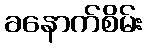
ခနောက်စိမ်း